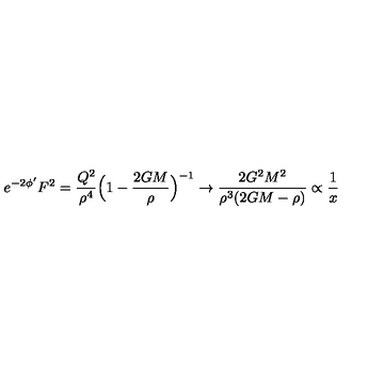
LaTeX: e ^ { - 2 \phi ^ { \prime } } F ^ { 2 } = \frac { Q ^ { 2 } } { \rho ^ { 4 } } \Bigl ( 1 - \frac { 2 G M } { \rho } \Bigr ) ^ { - 1 } \rightarrow \frac { 2 G ^ { 2 } M ^ { 2 } } { \rho ^ { 3 } ( 2 G M - \rho ) } \propto \frac { 1 } { x }